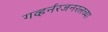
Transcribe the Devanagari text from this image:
गव्हर्नरजनरलच्या